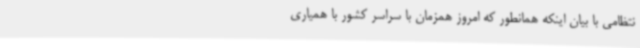
نتظامی با بیان اینکه همانطور که امروز همزمان با سراسر کشور با همیاری